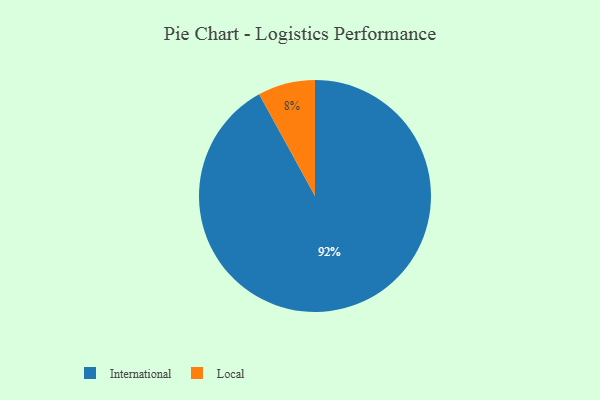
{"axis": {"x": "Category", "y": "Percentage"}, "legend": ["International", "Local"], "data": [{"x": "International", "y": 92, "type": "International"}, {"x": "Local", "y": 8, "type": "Local"}]}